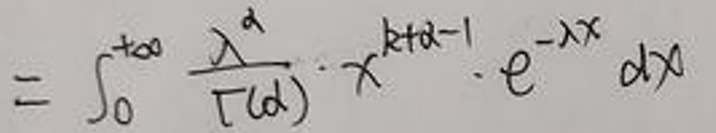
\[
= \int_{0}^{+\infty} \frac{\lambda^{\alpha}}{\Gamma(\alpha)} \cdot x^{k + \alpha - 1} \cdot e^{-\lambda x} \, dx
\]